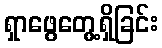
ရှာဖွေတွေ့ရှိခြင်း